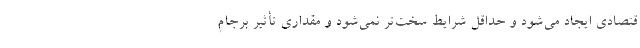
قتصادی ایجاد می‌شود و حداقل شرایط سخت‌تر نمی‌شود و مقداری تأثیر برجام